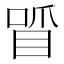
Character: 𠷒